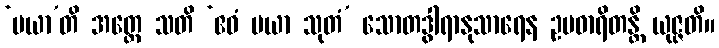
‘မယာ’တိ အတ္ထေ သတိ ‘ဧဝံ မယာ သုတံ’ သောတဒွါရာနုသာရေန ဥပဓာရိတန္တိ ယုဇ္ဇတိ။